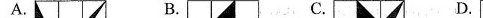
A. B. C. D.